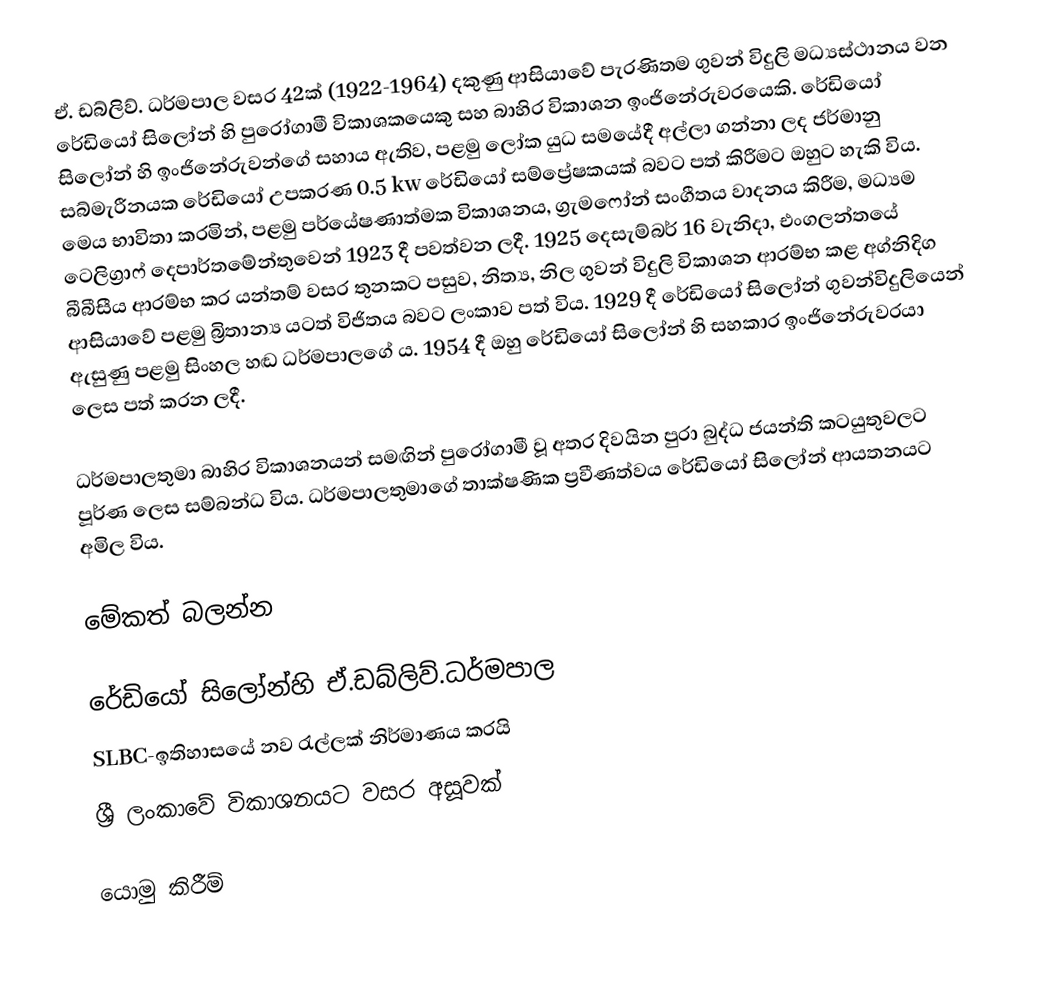
ඒ. ඩබ්ලිව්. ධර්මපාල වසර 42ක් (1922-1964) දකුණු ආසියාවේ පැරණිතම ගුවන් විදුලි මධ්‍යස්ථානය වන රේඩියෝ සිලෝන් හි පුරෝගාමී විකාශකයෙකු සහ බාහිර විකාශන ඉංජිනේරුවරයෙකි. රේඩියෝ සිලෝන් හි ඉංජිනේරුවන්ගේ සහාය ඇතිව, පළමු ලෝක යුධ සමයේදී අල්ලා ගන්නා ලද ජර්මානු සබ්මැරීනයක රේඩියෝ උපකරණ 0.5 kw රේඩියෝ සම්ප්‍රේෂකයක් බවට පත් කිරීමට ඔහුට හැකි විය. මෙය භාවිතා කරමින්, පළමු පර්යේෂණාත්මක විකාශනය, ග්‍රැමෆෝන් සංගීතය වාදනය කිරීම, මධ්‍යම ටෙලිග්‍රාෆ් දෙපාර්තමේන්තුවෙන් 1923 දී පවත්වන ලදී. 1925 දෙසැම්බර් 16 වැනිදා, එංගලන්තයේ බීබීසීය ආරම්භ කර යන්තම් වසර තුනකට පසුව, නිත්‍ය, නිල ගුවන් විදුලි විකාශන ආරම්භ කළ අග්නිදිග ආසියාවේ පළමු බ්‍රිතාන්‍ය යටත් විජිතය බවට ලංකාව පත් විය. 1929 දී රේඩියෝ සිලෝන් ගුවන්විදුලියෙන් ඇසුණු පළමු සිංහල හඬ ධර්මපාලගේ ය. 1954 දී ඔහු රේඩියෝ සිලෝන් හි සහකාර ඉංජිනේරුවරයා ලෙස පත් කරන ලදී.

ධර්මපාලතුමා බාහිර විකාශනයන් සමඟින් පුරෝගාමී වූ අතර දිවයින පුරා බුද්ධ ජයන්ති කටයුතුවලට පූර්ණ ලෙස සම්බන්ධ විය. ධර්මපාලතුමාගේ තාක්ෂණික ප්‍රවීණත්වය රේඩියෝ සිලෝන් ආයතනයට අමිල විය.

මේකත් බලන්න

 රේඩියෝ සිලෝන්හි ඒ.ඩබ්ලිව්.ධර්මපාල
 SLBC-ඉතිහාසයේ නව රැල්ලක් නිර්මාණය කරයි
 ශ්‍රී ලංකාවේ විකාශනයට වසර අසූවක්

යොමු කිරීම්